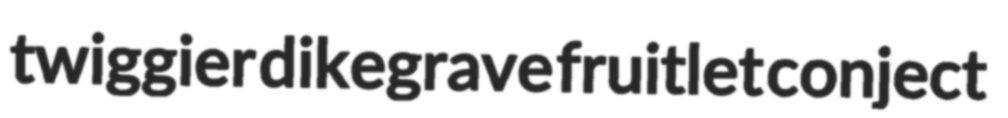
twiggier dikegrave fruitlet conject